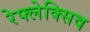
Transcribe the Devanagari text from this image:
रेफ्लेक्सिव